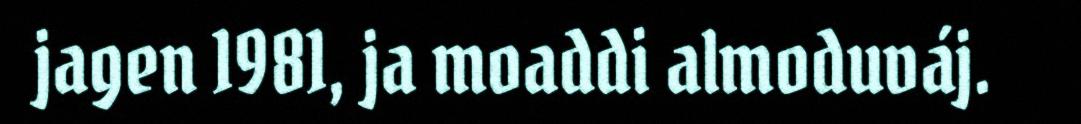
jagen 1981, ja moaddi almoduváj.